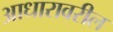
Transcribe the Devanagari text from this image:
आधारावरील